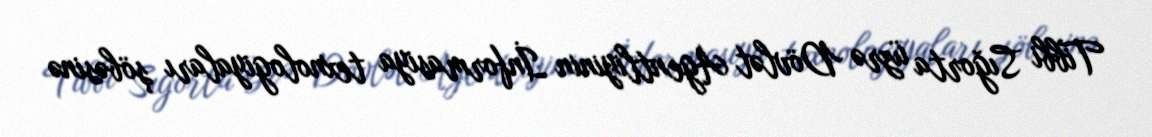
Tibbi Sığorta üzrə Dövlət Agentliyinin İnformasiya texnologiyaları şöbəsinə